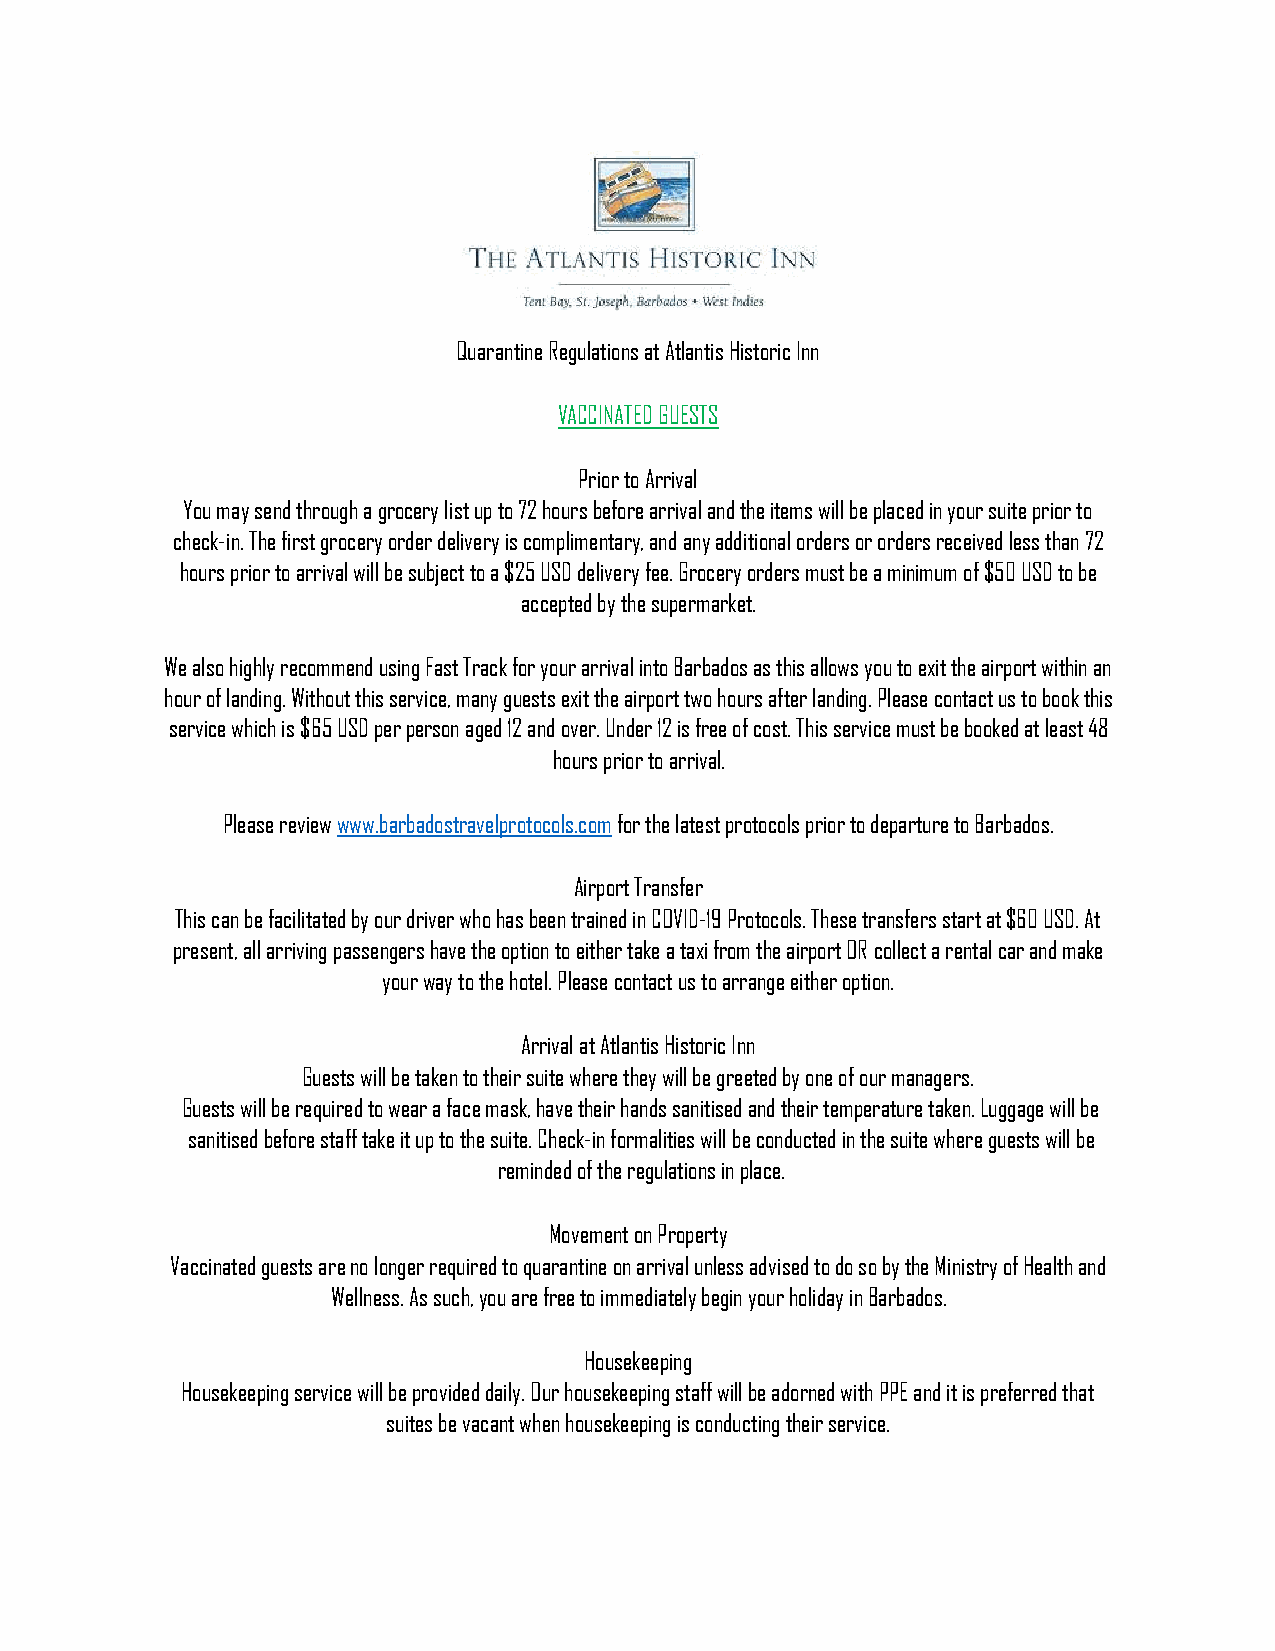
Quarantine Regulations at Atlantis Historic Inn
 VACCINATED GUESTS
 Prior to Arrival
 You may send through a grocery list up to 72 hours before arrival and the items will be placed in your suite prior to
 check-in. The first grocery order delivery is complimentary, and any additional orders or orders received less than 72
 hours prior to arrival will be subject to a $25 USD delivery fee. Grocery orders must be a minimum of $50 USD to be
 accepted by the supermarket.
 We also highly recommend using Fast Track for your arrival into Barbados as this allows you to exit the airport within an
 hour of landing. Without this service, many guests exit the airport two hours after landing. Please contact us to book this
 service which is $65 USD per person aged 12 and over. Under 12 is free of cost. This service must be booked at least 48
 hours prior to arrival.
 Please review www.barbadostravelprotocols.com for the latest protocols prior to departure to Barbados.
 Airport Transfer
 This can be facilitated by our driver who has been trained in COVID-19 Protocols. These transfers start at $60 USD. At
 present, all arriving passengers have the option to either take a taxi from the airport OR collect a rental car and make
 your way to the hotel. Please contact us to arrange either option.
 Arrival at Atlantis Historic Inn
 Guests will be taken to their suite where they will be greeted by one of our managers.
 Guests will be required to wear a face mask, have their hands sanitised and their temperature taken. Luggage will be
 sanitised before staff take it up to the suite. Check-in formalities will be conducted in the suite where guests will be
 reminded of the regulations in place.
 Movement on Property
 Vaccinated guests are no longer required to quarantine on arrival unless advised to do so by the Ministry of Health and
 Wellness. As such, you are free to immediately begin your holiday in Barbados.
 Housekeeping
 Housekeeping service will be provided daily. Our housekeeping staff will be adorned with PPE and it is preferred that
 suites be vacant when housekeeping is conducting their service.